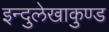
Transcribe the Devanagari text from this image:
इन्दुलेखाकुण्ड